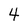
Character: 4